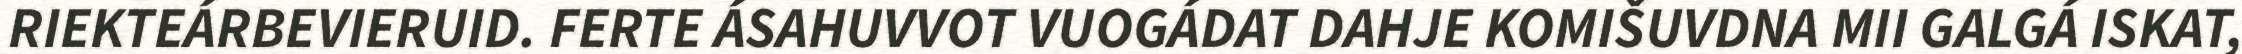
RIEKTEÁRBEVIERUID. FERTE ÁSAHUVVOT VUOGÁDAT DAHJE KOMIŠUVDNA MII GALGÁ ISKAT,